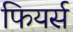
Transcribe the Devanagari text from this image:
फियर्स